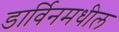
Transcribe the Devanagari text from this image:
डार्विनमधील